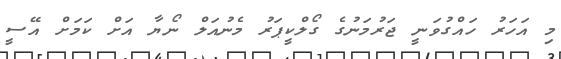
މި އަހަރު ހައްގުވަނީ ޖަރުމަނުގެ ގޯލްކީޕަރު މެނުއަލް ނޯޔާ އަށް ކަމަށް އޭސީ